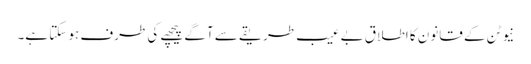
نیوٹن کے قانون کا اطلاق بے عیب طریقے سے آگے پیچھے کی طرف ہو سکتا ہے۔